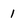
Character: 1